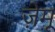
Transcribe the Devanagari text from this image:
ज़ेमू